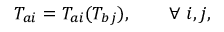
T _ { a i } = T _ { a i } ( T _ { b j } ) , \qquad \forall \ i , j ,